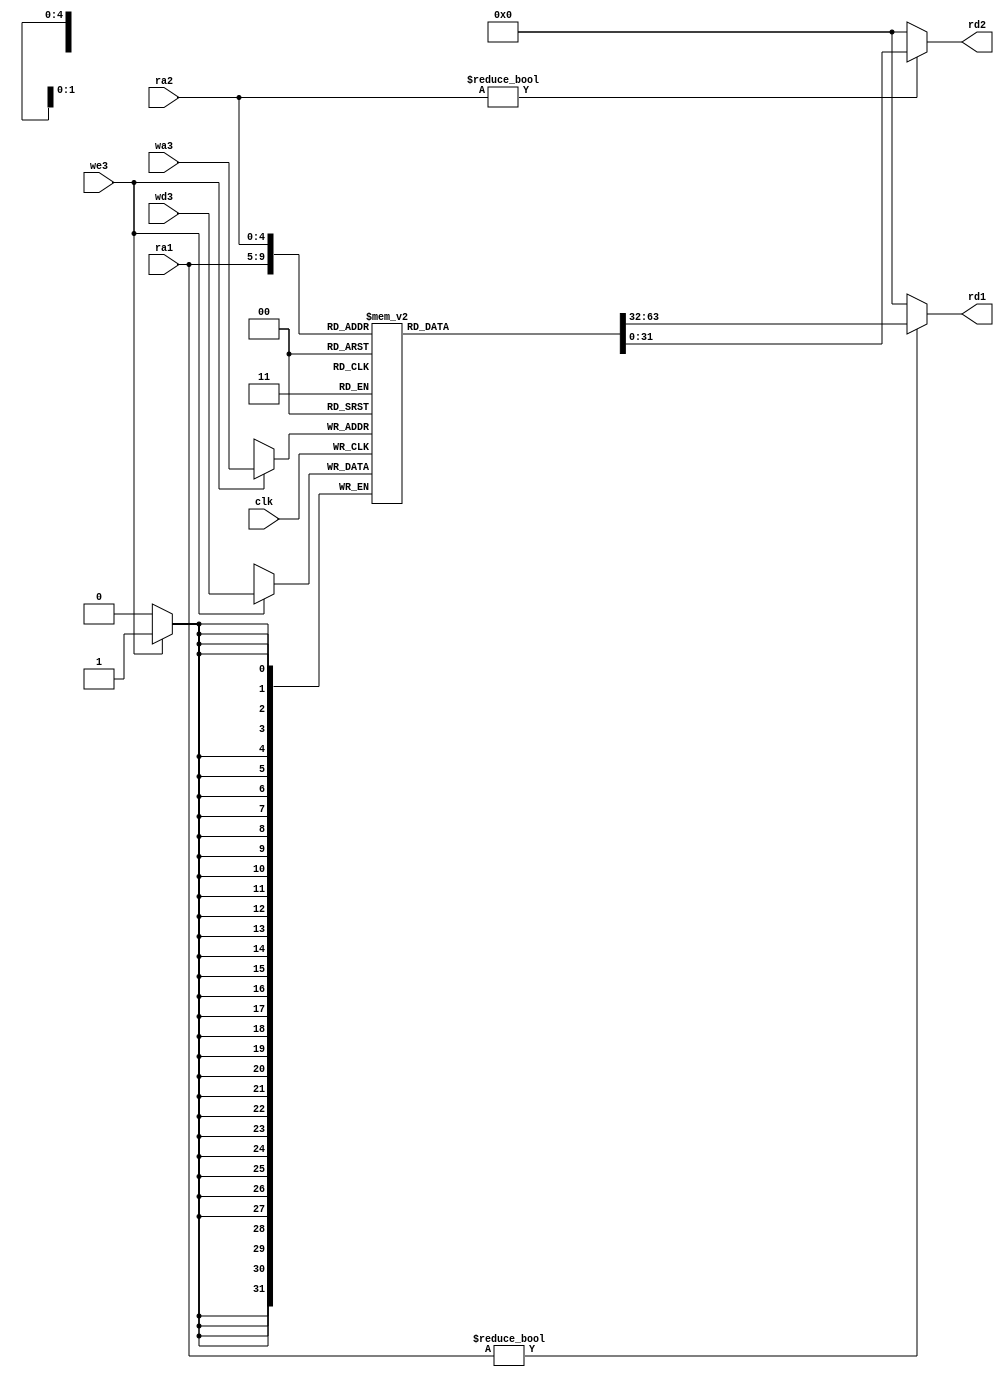
//------------------------------------------------
// mipsparts.v
// David_Harris@hmc.edu 23 October 2005
// Components used in MIPS processor
//------------------------------------------------


module regfile(input         clk, 
               input         we3, 
               input  [4:0]  ra1, ra2, wa3, 
               input  [31:0] wd3, 
               output [31:0] rd1, rd2);

  reg [31:0] rf[31:0];

  // three ported register file
  // read two ports combinationally
  // write third port on rising edge of clock
  // register 0 hardwired to 0

  always @(negedge clk)
    if (we3) rf[wa3] <= wd3;	

  assign rd1 = (ra1 != 0) ? rf[ra1] : 0;
  assign rd2 = (ra2 != 0) ? rf[ra2] : 0;
endmodule

module adder(input [31:0] a, b,
             output [31:0] y);

  assign y = a + b;
endmodule

module sl2(input  [31:0] a,
           output [31:0] y);

  // shift left by 2
  assign y = {a[29:0], 2'b00};
endmodule

module signext(input  [15:0] a,
               output [31:0] y);
              
  assign y = {{16{a[15]}}, a};
endmodule

module flopr #(parameter WIDTH = 8)
              (input                  clk, reset,
               input      [WIDTH-1:0] d, 
               output reg [WIDTH-1:0] q);

  always @(posedge clk, posedge reset)
    if (reset) q <= 0;
    else       q <= d;
endmodule

module flopenr #(parameter WIDTH = 8)
                (input                  clk, reset,
                 input                  en,
                 input      [WIDTH-1:0] d, 
                 output reg [WIDTH-1:0] q);
 
  always @(posedge clk, posedge reset)
    if      (reset) q <= 0;
    else if (~en)    q <= d;
endmodule


module mux2 #(parameter WIDTH = 8)
             (input  [WIDTH-1:0] d0, d1, 
              input              s, 
              output [WIDTH-1:0] y);

  assign y = s ? d1 : d0; 
endmodule

// upimm module needed for LUI
module upimm(input  [15:0] a,
             output [31:0] y);
              
  assign y = {a, 16'b0};
endmodule

// mux3 needed for LUI
module mux3 #(parameter WIDTH = 8)
             (input  [WIDTH-1:0] d0, d1, d2,
              input  [1:0]       s, 
              output [WIDTH-1:0] y);

  assign #1 y = s[1] ? d2 : (s[0] ? d1 : d0); 
endmodule

//4 to 1 Mux
module mux4 #(parameter WIDTH = 8)
             (input  [WIDTH-1:0] d0, d1, d2, d3,
              input  [1:0]       s, 
              output [WIDTH-1:0] y);

  assign #1 y = s[1] ? (s[0] ? d3 : d2) : (s[0] ? d1: d0) ; 
endmodule

// Zero Extend Module needed for ANDI
module zeroext (input [15:0] a, 
				output [31:0] y);
	assign y = {16'b0, a};
endmodule

module signext32(input  [7:0] a,
               output [31:0] y);
              
  assign y = {{24{a[3]}}, a};
endmodule